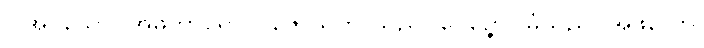
ပြုအပ်သော။ အဓိကာရော၊ ပူဇော်သကာသည်။ ဝေဉ္ဇော၊ မြုံသည်။ အဖလော၊